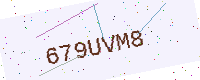
Text: 679UVM8